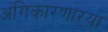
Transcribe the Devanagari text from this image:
अंगिकारणाऱ्या